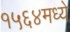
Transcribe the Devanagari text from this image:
१५६४मध्ये